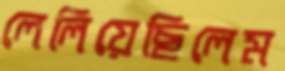
লেলিয়েছিলেম